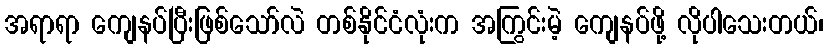
အရာရာ ကျေနပ်ပြီးဖြစ်သော်လဲ တစ်နိုင်ငံလုံးက အကြွင်းမဲ့ ကျေနပ်ဖို့ လိုပါသေးတယ်၊